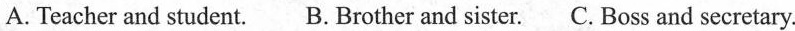
A. Teacher and student. B. Brother and sister. C. Boss and secretary.